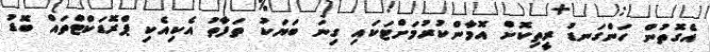
އެގޮތުން ހަންގަނޑު ރީތިކޮށް އޮމާންކުރުމަށްޓަކައި ގިނަ ބަޔަކު ތަފާތު އެކިއެކި ޕްރޮޑަކްޓްތައް ބޮޑު